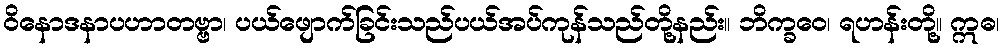
ဝိနောဒနာပဟာတဗ္ဗာ၊ ပယ်ဖျောက်ခြင်းသည်ပယ်အပ်ကုန်သည်တို့နည်း။ ဘိက္ခဝေ၊ ရဟန်းတို့။ ဣဓ၊